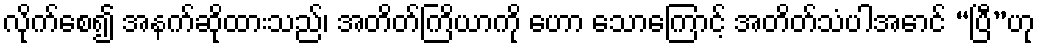
လိုက်စေ၍ အနက်ဆိုထားသည်၊ အတိတ်ကြိယာကို ဟော သောကြောင့် အတိတ်သံပါအောင် “ပြီ”ဟု